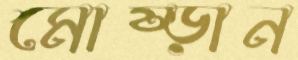
মোষ্‌ড়ান